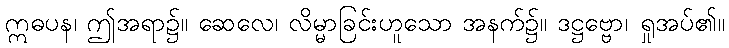
ဣဓပန၊ ဤအရာ၌။ ဆေလေ၊ လိမ္မာခြင်းဟူသော အနက်၌။ ဒဋ္ဌဗ္ဗော၊ ရှုအပ်၏။